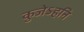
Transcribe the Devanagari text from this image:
कुजेऽहनि